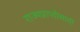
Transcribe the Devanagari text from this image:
राज्यप्राप्तीसाठी